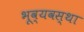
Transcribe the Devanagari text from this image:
भूव्यवस्था